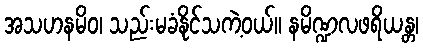
အသဟနမိဝ၊ သည်းမခံနိုင်သကဲ့ဝယ်။ နမိဏ္ဍလဖရိယန္တ၊